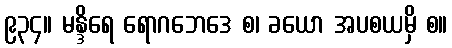
၉၃၄။ မန္ဒိရေ ရောဂဘေဒေ စ၊ ခယော အပစယမှိ စ။